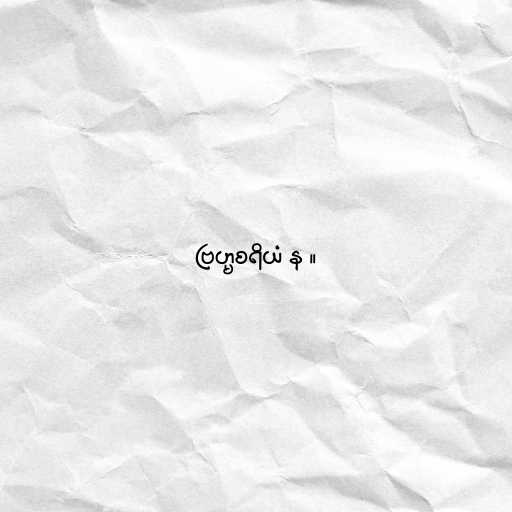
ဗြဟ္မစရိယံ န ။